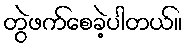
တွဲဖက်စေခဲ့ပါတယ်။